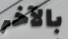
بالآخر